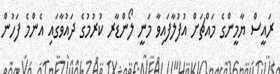
ރައީސް ޔާމީންގެ މައްޗަށް އުފުލާފައިވާ މަނީ ލޯންޑާރ ކުރުމުގެ ދައުވާގައި އެންމެ ފަހުން